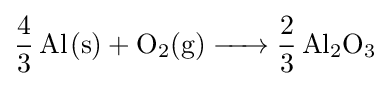
{\ce {4/3 Al(s) + O2(g) -> 2/3 Al2O3}}